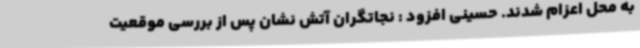
به محل اعزام شدند. حسینی افزود : نجاتگران آتش نشان پس از بررسی موقعیت